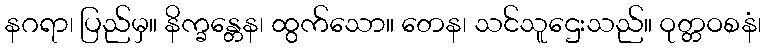
နဂရာ၊ ပြည်မှ။ နိက္ခန္တေန၊ ထွက်သော။ တေန၊ သင်သူဌေးသည်။ ဝုတ္တဝစနံ၊